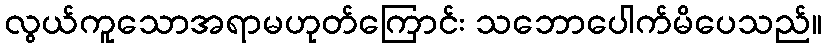
လွယ်ကူသောအရာမဟုတ်ကြောင်း သဘောပေါက်မိပေသည်။